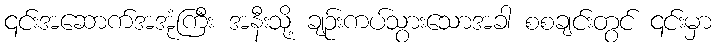
၎င်းအဆောက်အအုံကြီး အနီးသို့ ချဉ်းကပ်သွားသောအခါ စစချင်းတွင် ၎င်းမှာ